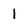
Character: 1